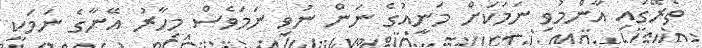
ތެރޭގައި އާންމުވި ނަމަކަށް މަނީއުގެ ނަން ނުވި ނަމަވެސް މިހާރު އޭނާގެ ނަމަކީ